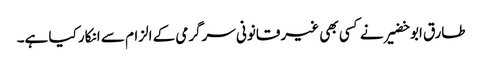
طارق ابو خضیر نے کسی بھی غیر قانونی سرگرمی کے الزام سے انکار کیا ہے۔